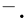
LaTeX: ^-\cdot